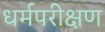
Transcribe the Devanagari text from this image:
धर्मपरीक्षण